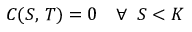
C ( S , \, T ) = 0 \quad \forall \; \; S < K